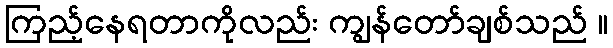
ကြည့်နေရတာကိုလည်း ကျွန်တော်ချစ်သည် ။